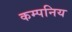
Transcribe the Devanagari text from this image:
कम्पनिय